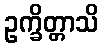
ဥက္ခိတ္တာသိ